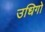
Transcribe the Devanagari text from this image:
उधिगो